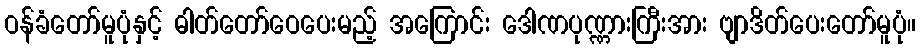
ဝန်ခံတော်မူပုံနှင့် ဓါတ်တော်ဝေပေးမည့် အကြောင်း ဒေါဏပုဏ္ဏားကြီးအား ဗျာဒိတ်ပေးတော်မူပုံ။